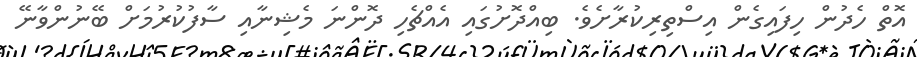
އޮތް ހެދުން ހިފައިގެން އިސްތިރިކުރާށެވެ. ބިއްދޮށުގައި އެއްޗެހި ދޮންނަ މެޝިނާއި ސާފުކުރުމަށް ބޭނުންވާނޭ